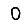
Digit: 0